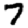
Digit: 7